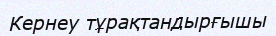
Кернеу тұрақтандырғышы